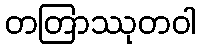
တတြာဿုတဝါ